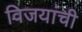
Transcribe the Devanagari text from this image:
विजयांची